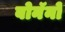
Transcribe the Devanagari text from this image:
बोनॅनो